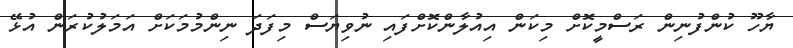
ޔާހޫ ކުންފުނިން ރަސްމީކޮށް މިކަން އިއުލާންކޮށްފައި ނުވިޔަސް މިފަދަ ނިންމުމަކަށް އަމަލުކުރަން އުޅޭ